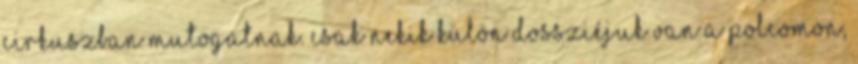
cirkuszban mutogatnak. Csak nekik külön dossziéjuk van a polcomon,